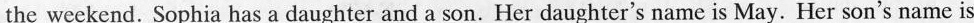
the weekend. Sophia has a daughter and a son. Her daughter's name is May. Her son's name is